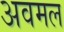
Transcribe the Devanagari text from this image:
अवमल